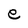
Character: e